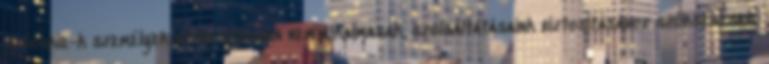
A cookie-k személyek azonosítására nem alkalmasak, szolgáltatásaink biztosításához szükségesek.